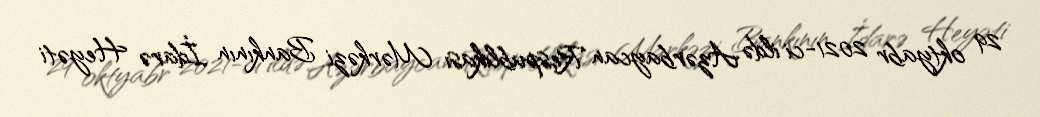
29 oktyabr 2021-ci ildə Azərbaycan Respublikası Mərkəzi Bankının İdarə Heyəti